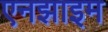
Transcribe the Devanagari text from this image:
एनझाइम